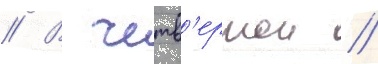
// В четв'ертои /